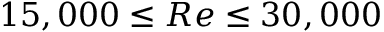
1 5 , 0 0 0 \leq R e \leq 3 0 , 0 0 0